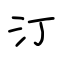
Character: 汀